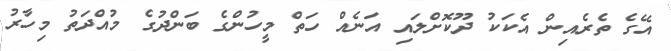
އޭގެ ތެރެއިން އެކަކު ދޫކޮށްލައި އަނެއް ހަތް މީހުންގެ ބަންދުގެ މުއްދަތު މިހާރު